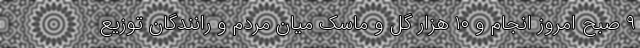
۹ صبح امروز انجام و ۱۰ هزار گل و ماسک میان مردم و رانندگان توزیع